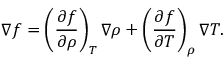
\nabla f = \left( \frac { \partial f } { \partial \rho } \right) _ { T } \nabla \rho + \left( \frac { \partial f } { \partial T } \right) _ { \rho } \nabla T .